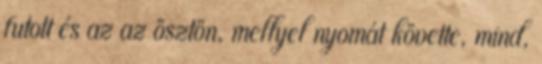
futott és az az ösztön, mellyel nyomát követte, mind,